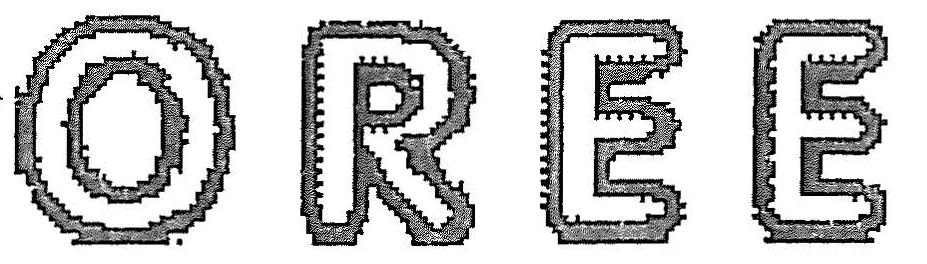
OREE